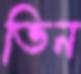
ভিন